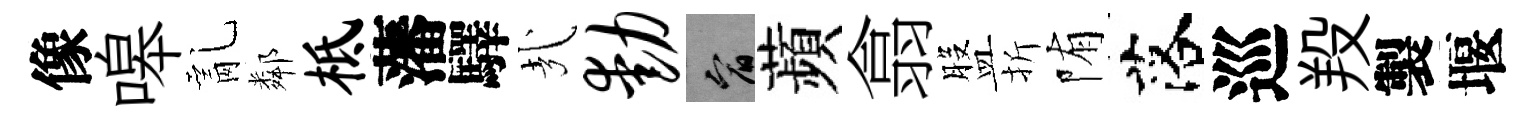
像嗥亂鄰柢藩驛㢤动宥蘋翕盤折陏落巡羖製堰